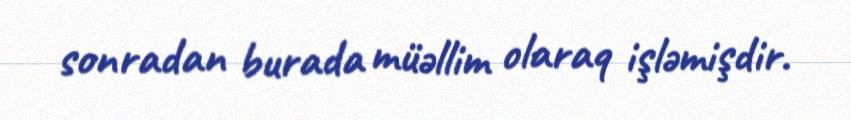
sonradan burada müəllim olaraq işləmişdir.